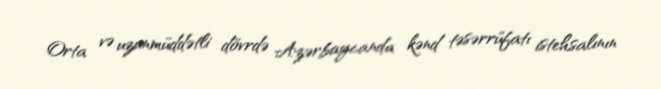
Orta və uzunmüddətli dövrdə Azərbaycanda kənd təsərrüfatı istehsalının